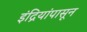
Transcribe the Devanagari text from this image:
इंद्रियांपासून